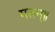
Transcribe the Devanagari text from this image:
गतम्॥